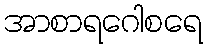
အာစာရဂေါစရေ